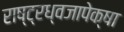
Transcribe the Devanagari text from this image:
राष्ट्रध्वजापेक्षा